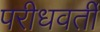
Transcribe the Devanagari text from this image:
परीधवर्ती